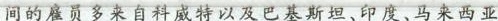
间的雇员多来自科威特以及巴基斯、印度、马来西亚